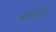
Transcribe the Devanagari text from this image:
कासटीलो